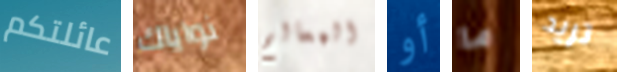
عائلتكم نواياك المعالم أو ما تريد